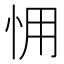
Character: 𢘭